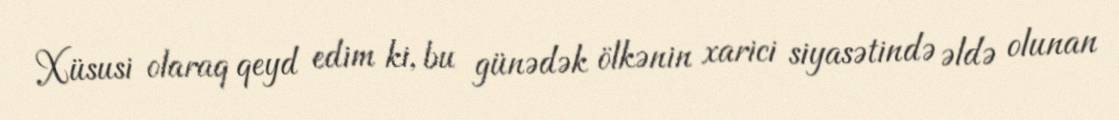
Xüsusi olaraq qeyd edim ki, bu günədək ölkənin xarici siyasətində əldə olunan